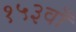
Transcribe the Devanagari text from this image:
१५३वाँ